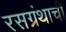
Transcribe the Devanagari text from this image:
रसग्रंथाची